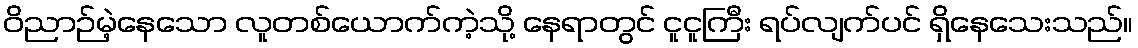
ဝိညာဉ်မဲ့နေသော လူတစ်ယောက်ကဲ့သို့ နေရာတွင် ငူငူကြီး ရပ်လျက်ပင် ရှိနေသေးသည်။